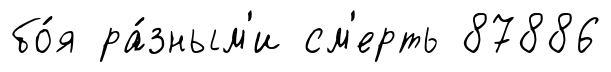
бо́я ра́зным'и см'ерть 87886